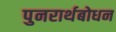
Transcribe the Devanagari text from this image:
पुनरार्थबोधन